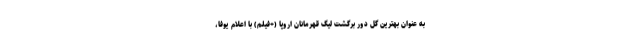
به عنوان بهترین گل دور برگشت لیگ قهرمانان اروپا (+فیلم) با اعلام یوفا،